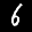
Label: 6